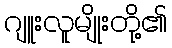
ဂျူးလူမျိုးတို့၏